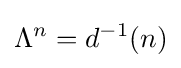
\Lambda ^{n}=d^{-1}(n)